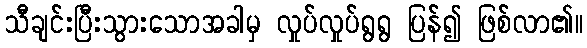
သီချင်းပြီးသွားသောအခါမှ လှုပ်လှုပ်ရွရွ ပြန်၍ ဖြစ်လာ၏။